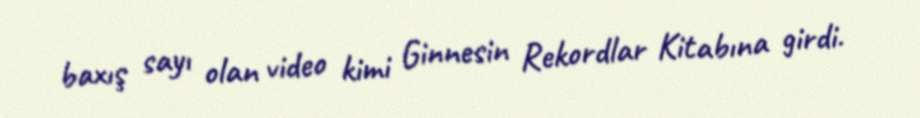
baxış sayı olan video kimi Ginnesin Rekordlar Kitabına girdi.